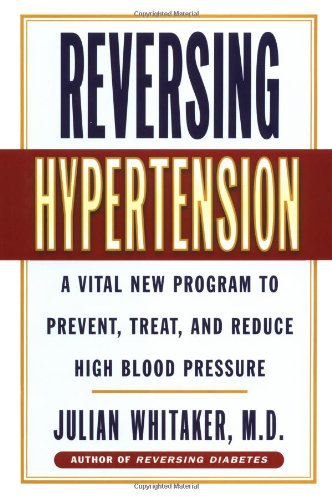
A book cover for Reversing Hypertension: A Vital New Program to Prevent, Treat and Reduce High Blood Pressure; Julian Whitaker; Health, Fitness & Dieting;